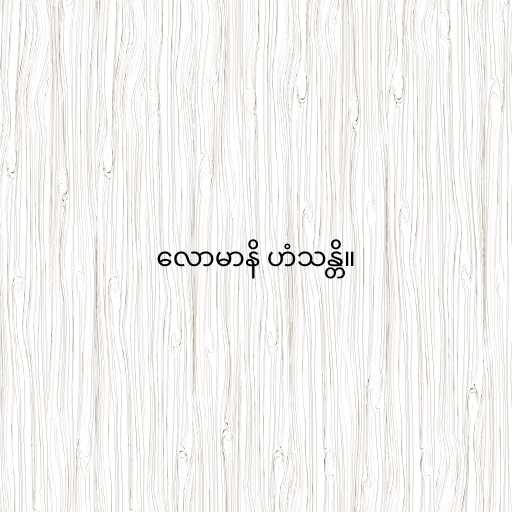
လောမာနိ ဟံသန္တိ။